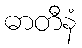
ဓာတီနံ